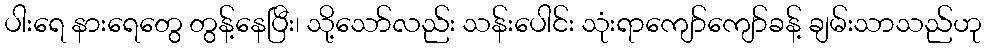
ပါးရေ နားရေတွေ တွန့်နေပြီး၊ သို့သော်လည်း သန်းပေါင်း သုံးရာကျော်ကျော်ခန့် ချမ်းသာသည်ဟု